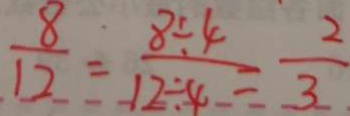
\frac { 8 } { 1 2 } = \frac { 8 \div 4 } { 1 2 \div 4 } = \frac { 2 } { 3 }